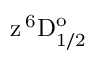
\mathrm { z \, ^ { 6 } D _ { 1 / 2 } ^ { o } }